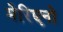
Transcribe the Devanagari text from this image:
मेरिएनो